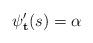
LaTeX: \begin{align*}\psi_{\bf t}^\prime(s)=\alpha\end{align*}